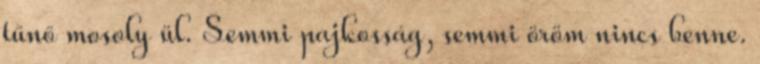
tűnő mosoly ül. Semmi pajkosság, semmi öröm nincs benne.